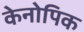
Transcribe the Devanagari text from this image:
केनोपिक